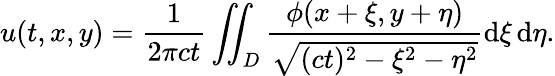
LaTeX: u(t,x,y)={\frac{1}{2\pi ct}}\iint_{D}{\frac{\phi(x+\xi,y+\eta)}{\sqrt{(ct)^{2}-\xi^{2}-\eta^{2}}}}\mathrm{d}\xi\, \mathrm{d}\eta.